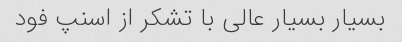
بسیار بسیار عالی با تشکر از اسنپ فود